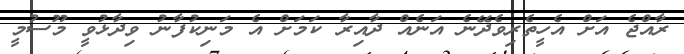
ރާއްޖެ އަށް އެހީތެރިވެދޭނެ އަނެއް ދާއިރާ ކަމަށް އެ މަނިކުފާނު ވިދާޅުވީ މޫސުމީ